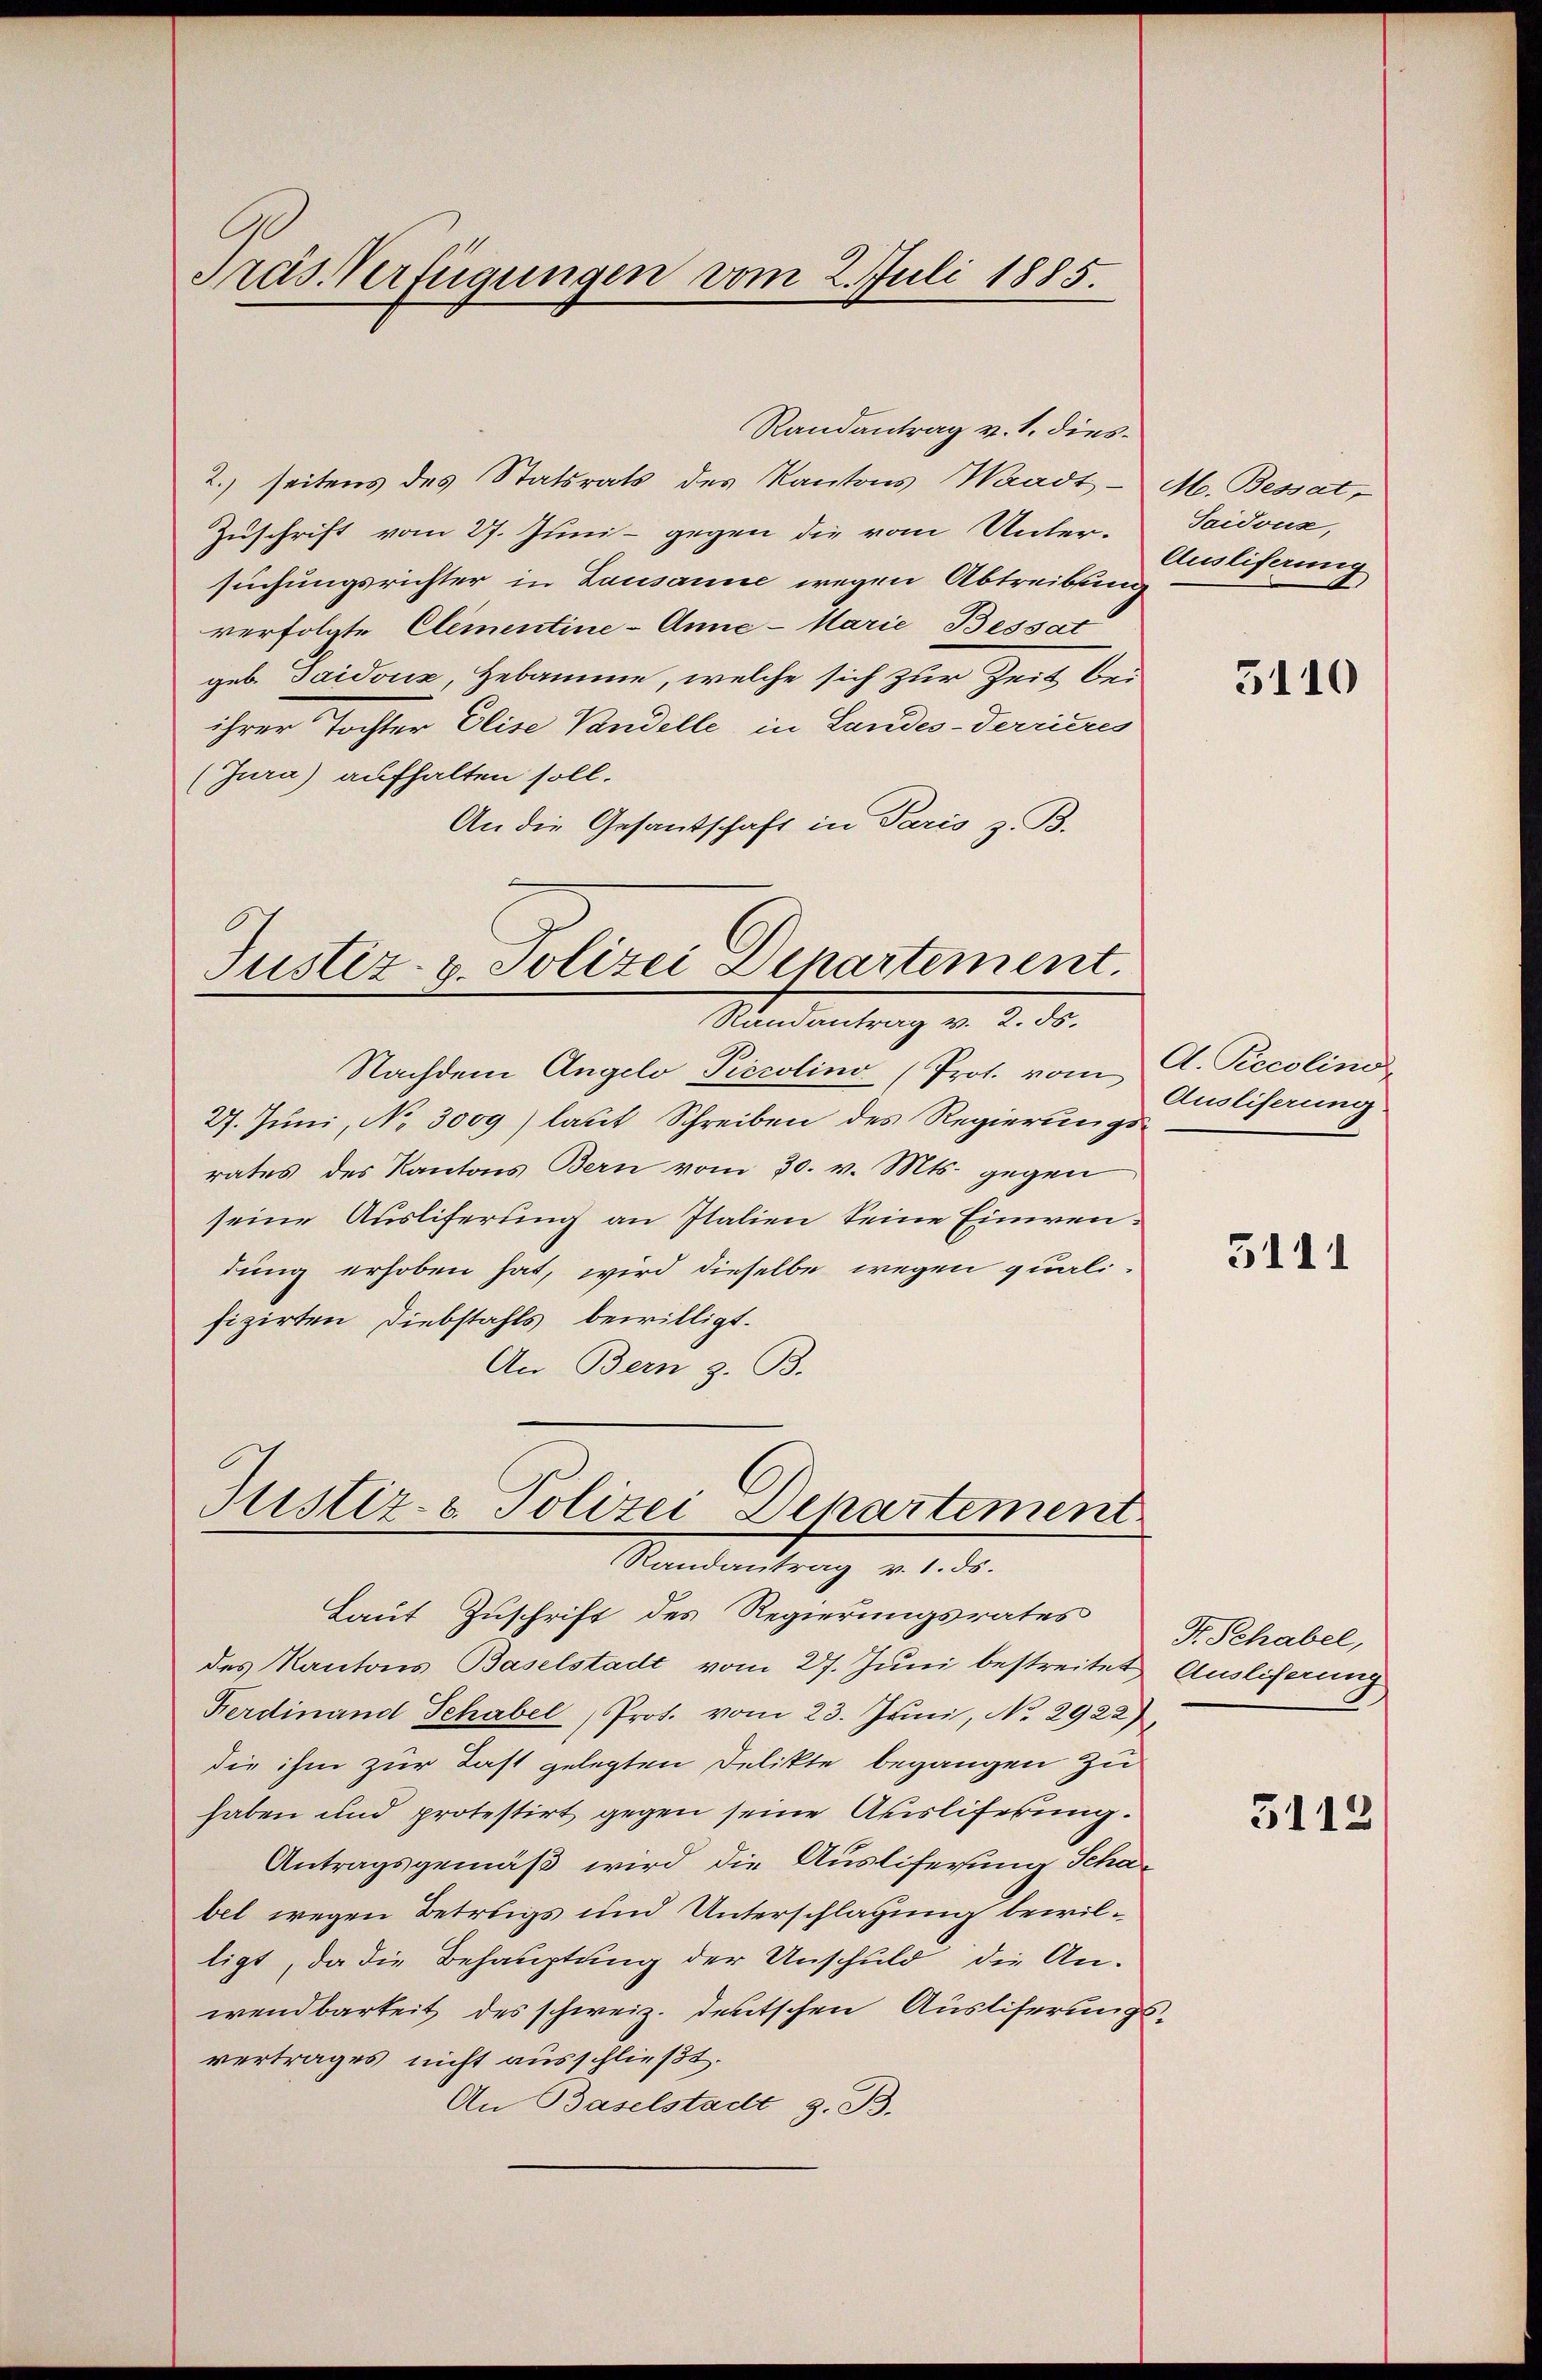
Pras Verfügungen vom 2. Juli 1885.

2.) seitens des Statsrats des Kantons Waadt - M. Bessat
Zuschrift vom 27. Juni - gegen die vom Unter-
suchungsrichter in Lausanne wegen Abtreibung
verfolgte Clementine-Anne-Marie Bessat
geb. Taidonz, Hebamme, welche sich zur Zeit bei
ihrer Tochter Elise Vandelle, in Landes-Terrieres
(Jura) aufhalten soll.
An die Gesandschaft in Paris z. B.

Randantrag v. 1. dies¬

Justiz- & Polizei Departement.
Mandantrag v. 2. d.

Justiz- & Polizei Departement
Randantrag v. 1. ds.

Nachdem Angelo Piccolino (Prot. vom
27. Juni, No. 3009) laut Schreiben des Regierungsrates des Kantons Bern vom 30. v. Mts. gegen
seine Ausliferung an Italien seine Einwendung erhoben hat, wird dieselbe wegen qualifizirten Diebstahls bewilligt.
An Bern z. B.

Taidouz,
Ausliferung

Laut Zuschrift des Regierungsrates Schabel,
des Kantons Baselstadt vom 27. Juni bestreitet Ausliferung
Ferdinand Schabel Prot. vom 23. Juni, No. 2922),
die ihm zur Last gelegten Delikte begangen zu
haben und protestirt gegen seine Auslifrkung.
Antragsgemäß wird die Ausliferung Schäbel wegen Betriigs und Unterschlagung bewilligt, da die Behauptung der Unschuld die Anwendbarkeit des schweiz. deutschen Ausliferungsvertrages nicht ausschließt.
An Baselstadt, z. B.

3110

A. Recolina
Ausliferung

5111

3112